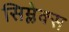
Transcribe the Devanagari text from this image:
सिम्लेक्स